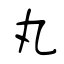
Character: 丸